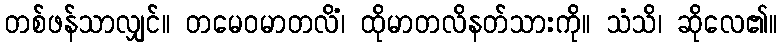
တစ်ဖန်သာလျှင်။ တမေဝမာတလိံ၊ ထိုမာတလိနတ်သားကို။ သံသိ၊ ဆိုလေ၏။